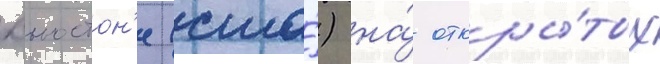
хьюстон'е (сша́) на́ откры́тых